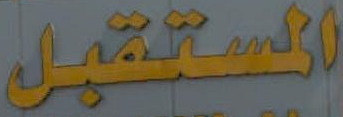
المستقبل